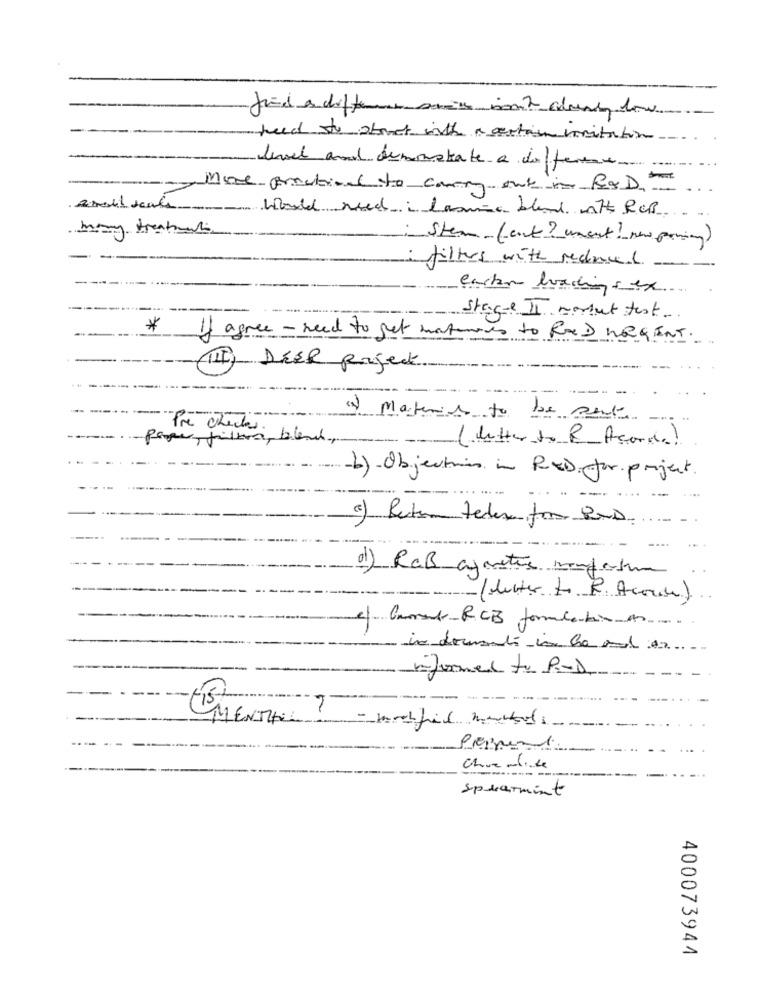
feed stu about with a certain visitation
level and demonstrate a difference
-Morepractical to carry out is R&D=
Areil scale would need i Cann bland with RCP
Stem(ent? unest ! new passing)
filles with reduced
carbon loadingsex
Stage II wartet test.
*
If agree - need to get mantemos to feed negenT.
III) DEER project
(3) Materia to be sent
Pre chicas.
Paper, filtra, bient,
(Mutter to R Acordo)
b) Objection in RED for project.
c) Beter teder for POD.
01) RGB agentes mandature
(duster to R. Acore)
cf. Garant-RCB formlatino
in documents in ha and an ....
informed to P.D.
MENTHAL
Pepper1.
Cheminde
spearmint
400073944